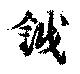
鉞